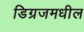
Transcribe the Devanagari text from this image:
डिग्रजमधील